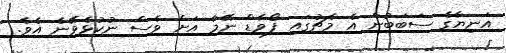
އަނިޔާގެ ސަބަބުން އެ މެޗުގައި ފޯވާޑް ނޭމާ އަށް ވެސް ނުކުޅެވޭނެ އެވެ.